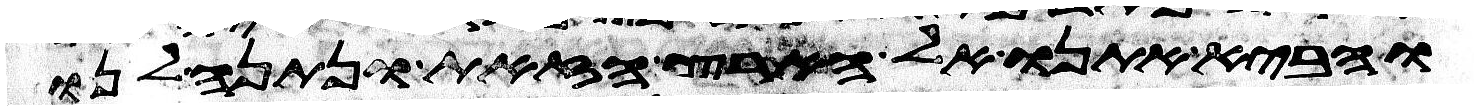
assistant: והביא אתנו אל הארץ הזאת ונתנה לנו